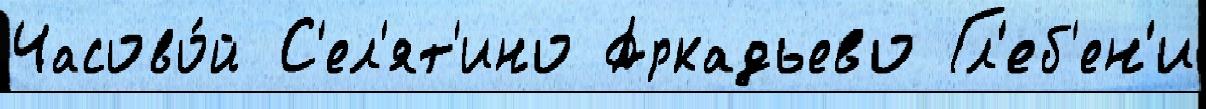
Часово́й С'ел'ят'ино Аркадьево Гл'еб'ен'и